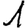
Digit: 1